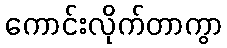
ကောင်းလိုက်တာကွာ